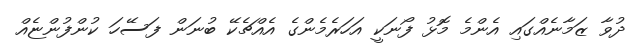
ދުވާ ޒަމާނެއްގައި އެންމެ މޮޅު ފޯނަކީ އަހަރެމެންގެ އެއްޗެކޭ ބުނަން ފަސޭހަ ކުންފުންޏެއް